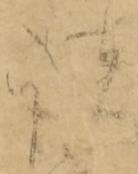
諸